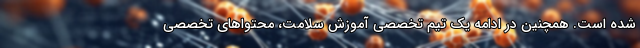
شده است. همچنین در ادامه یک تیم تخصصی آموزش سلامت، محتواهای تخصصی